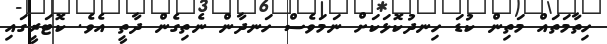
ހިތާމަތައް މަތިން ކުޑަ ހިނދުކޮޅަކަށް ނަމަވެސް ހަނދާން ނެތިގެން ދާތީ އެވެ. ކޮޓަރީގައި